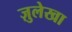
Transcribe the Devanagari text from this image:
ज़ुलेखा